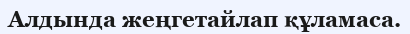
Алдында жеңгетайлап құламаса.